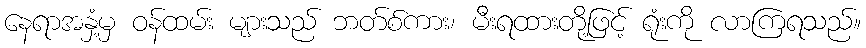
နေရာအနှံ့မှ ဝန်ထမ်း များသည် ဘတ်စ်ကား၊ မီးရထားတို့ဖြင့် ရုံးကို လာကြရသည်။